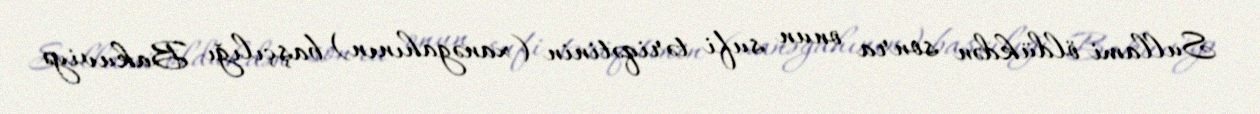
Sullami öldükdən sonra onun sufi təriqətinin (xanəgahının) başçılığı Bakuviyə